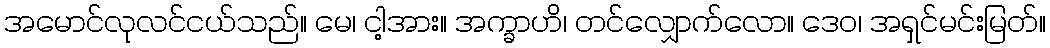
အမောင်လုလင်ငယ်သည်။ မေ၊ ငါ့အား။ အက္ခာဟိ၊ တင်လျှောက်လော။ ဒေဝ၊ အရှင်မင်းမြတ်။